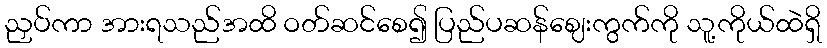
ညှပ်ကာ အားရသည်အထိ ဝတ်ဆင်စေ၍ ပြည်ပဆန်ဈေးကွက်ကို သူ့ကိုယ်ထဲရှိ